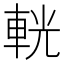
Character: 輄